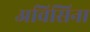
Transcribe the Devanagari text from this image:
अविसिना